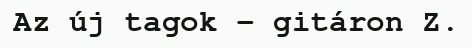
Az új tagok – gitáron Z.